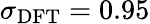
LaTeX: \sigma_{\mathrm{DFT}}=0.95